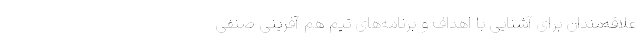
علاقه‌مندان برای آشنایی با اهداف و برنامه‌های تیم هم آفرینی صنفی